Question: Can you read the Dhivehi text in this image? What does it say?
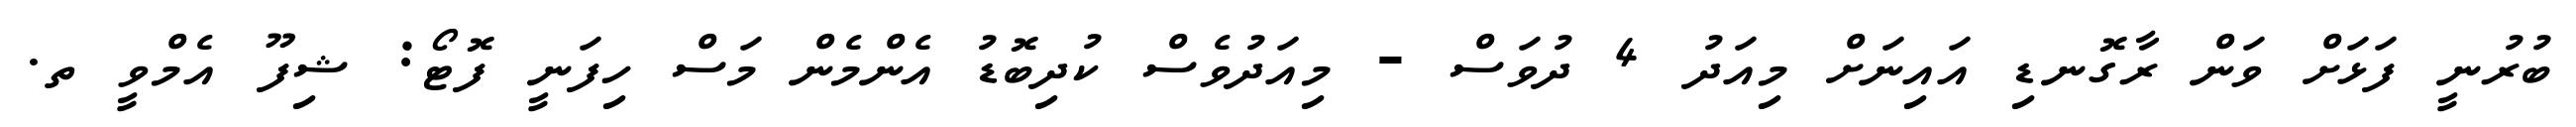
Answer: ބުރުނީ ފަޅަށް ވަން ރާގޮނޑި އައިނަށް މިއަދު 4 ދުވަސް - މިއަދުވެސް ކުދިބޮޑު އެންމެން މަސް ހިފަނީ ފޮޓޯ: ޝިފޫ އެމްވީ ތ.